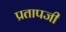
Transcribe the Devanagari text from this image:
प्रतापजी